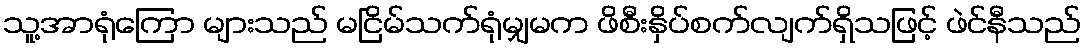
သူ့အာရုံကြော များသည် မငြိမ်သက်ရုံမျှမက ဖိစီးနှိပ်စက်လျက်ရှိသဖြင့် ဖဲင်နီသည်